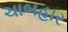
ચાબહાર